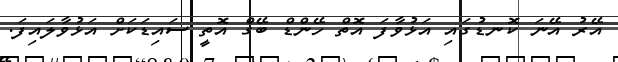
އޭރު އޭނަ ކޮނޑުގައި އަޅުވާފަ އޮތް ހޭންޑް ބޭގް އޮތީ ސައިޑަކަށް އަޅުވާލައިފަ.